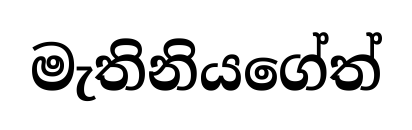
මැතිනියගේත්